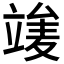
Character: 𥪣